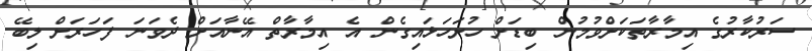
ސަރުކާރުގެ އިމާރާތަކަށްވުމުން ބިޑަށް ހުށަހަޅައިގެން އެ އިމާރާތް އޭނާއަށް ދެވަނަ ފަހަރަށް ލިބޭ